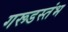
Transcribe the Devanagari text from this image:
गरूडस्तंभ